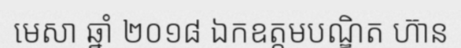
មេសា ឆ្នាំ ២០១៨ ឯកឧត្តមបណ្ឌិត ហ៊ាន